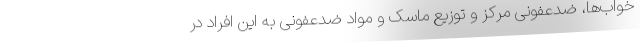
خواب‌ها، ضدعفونی مرکز و توزیع ماسک و مواد ضدعفونی به این افراد در